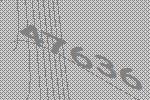
47636